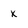
Character: x